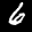
Label: 6